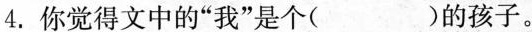
4. 你觉得文中的”我”是个( )的孩子。